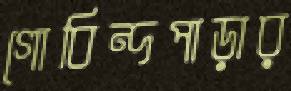
গোবিন্দপাড়ার